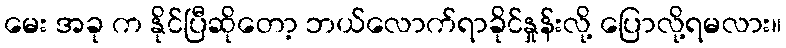
မေး အခု က နိုင်ပြီဆိုတော့ ဘယ်လောက်ရာခိုင်နှုန်းလို့ ပြောလို့ရမလား။